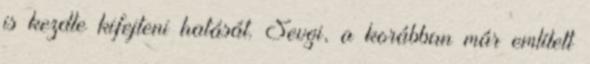
is kezdte kifejteni hatását. Sevgi, a korábban már említett